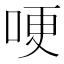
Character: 哽